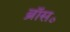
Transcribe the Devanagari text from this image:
ब्रॉस॰